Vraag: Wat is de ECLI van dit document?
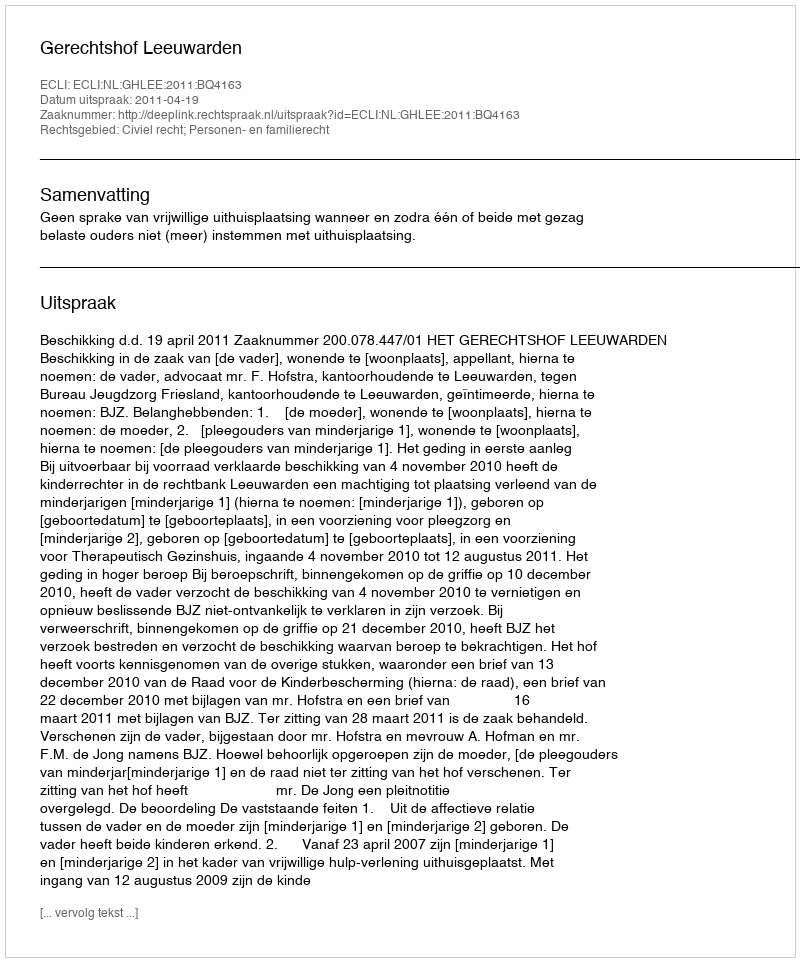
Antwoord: ECLI:NL:GHLEE:2011:BQ4163